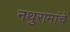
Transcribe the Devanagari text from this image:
नथुरामांचे